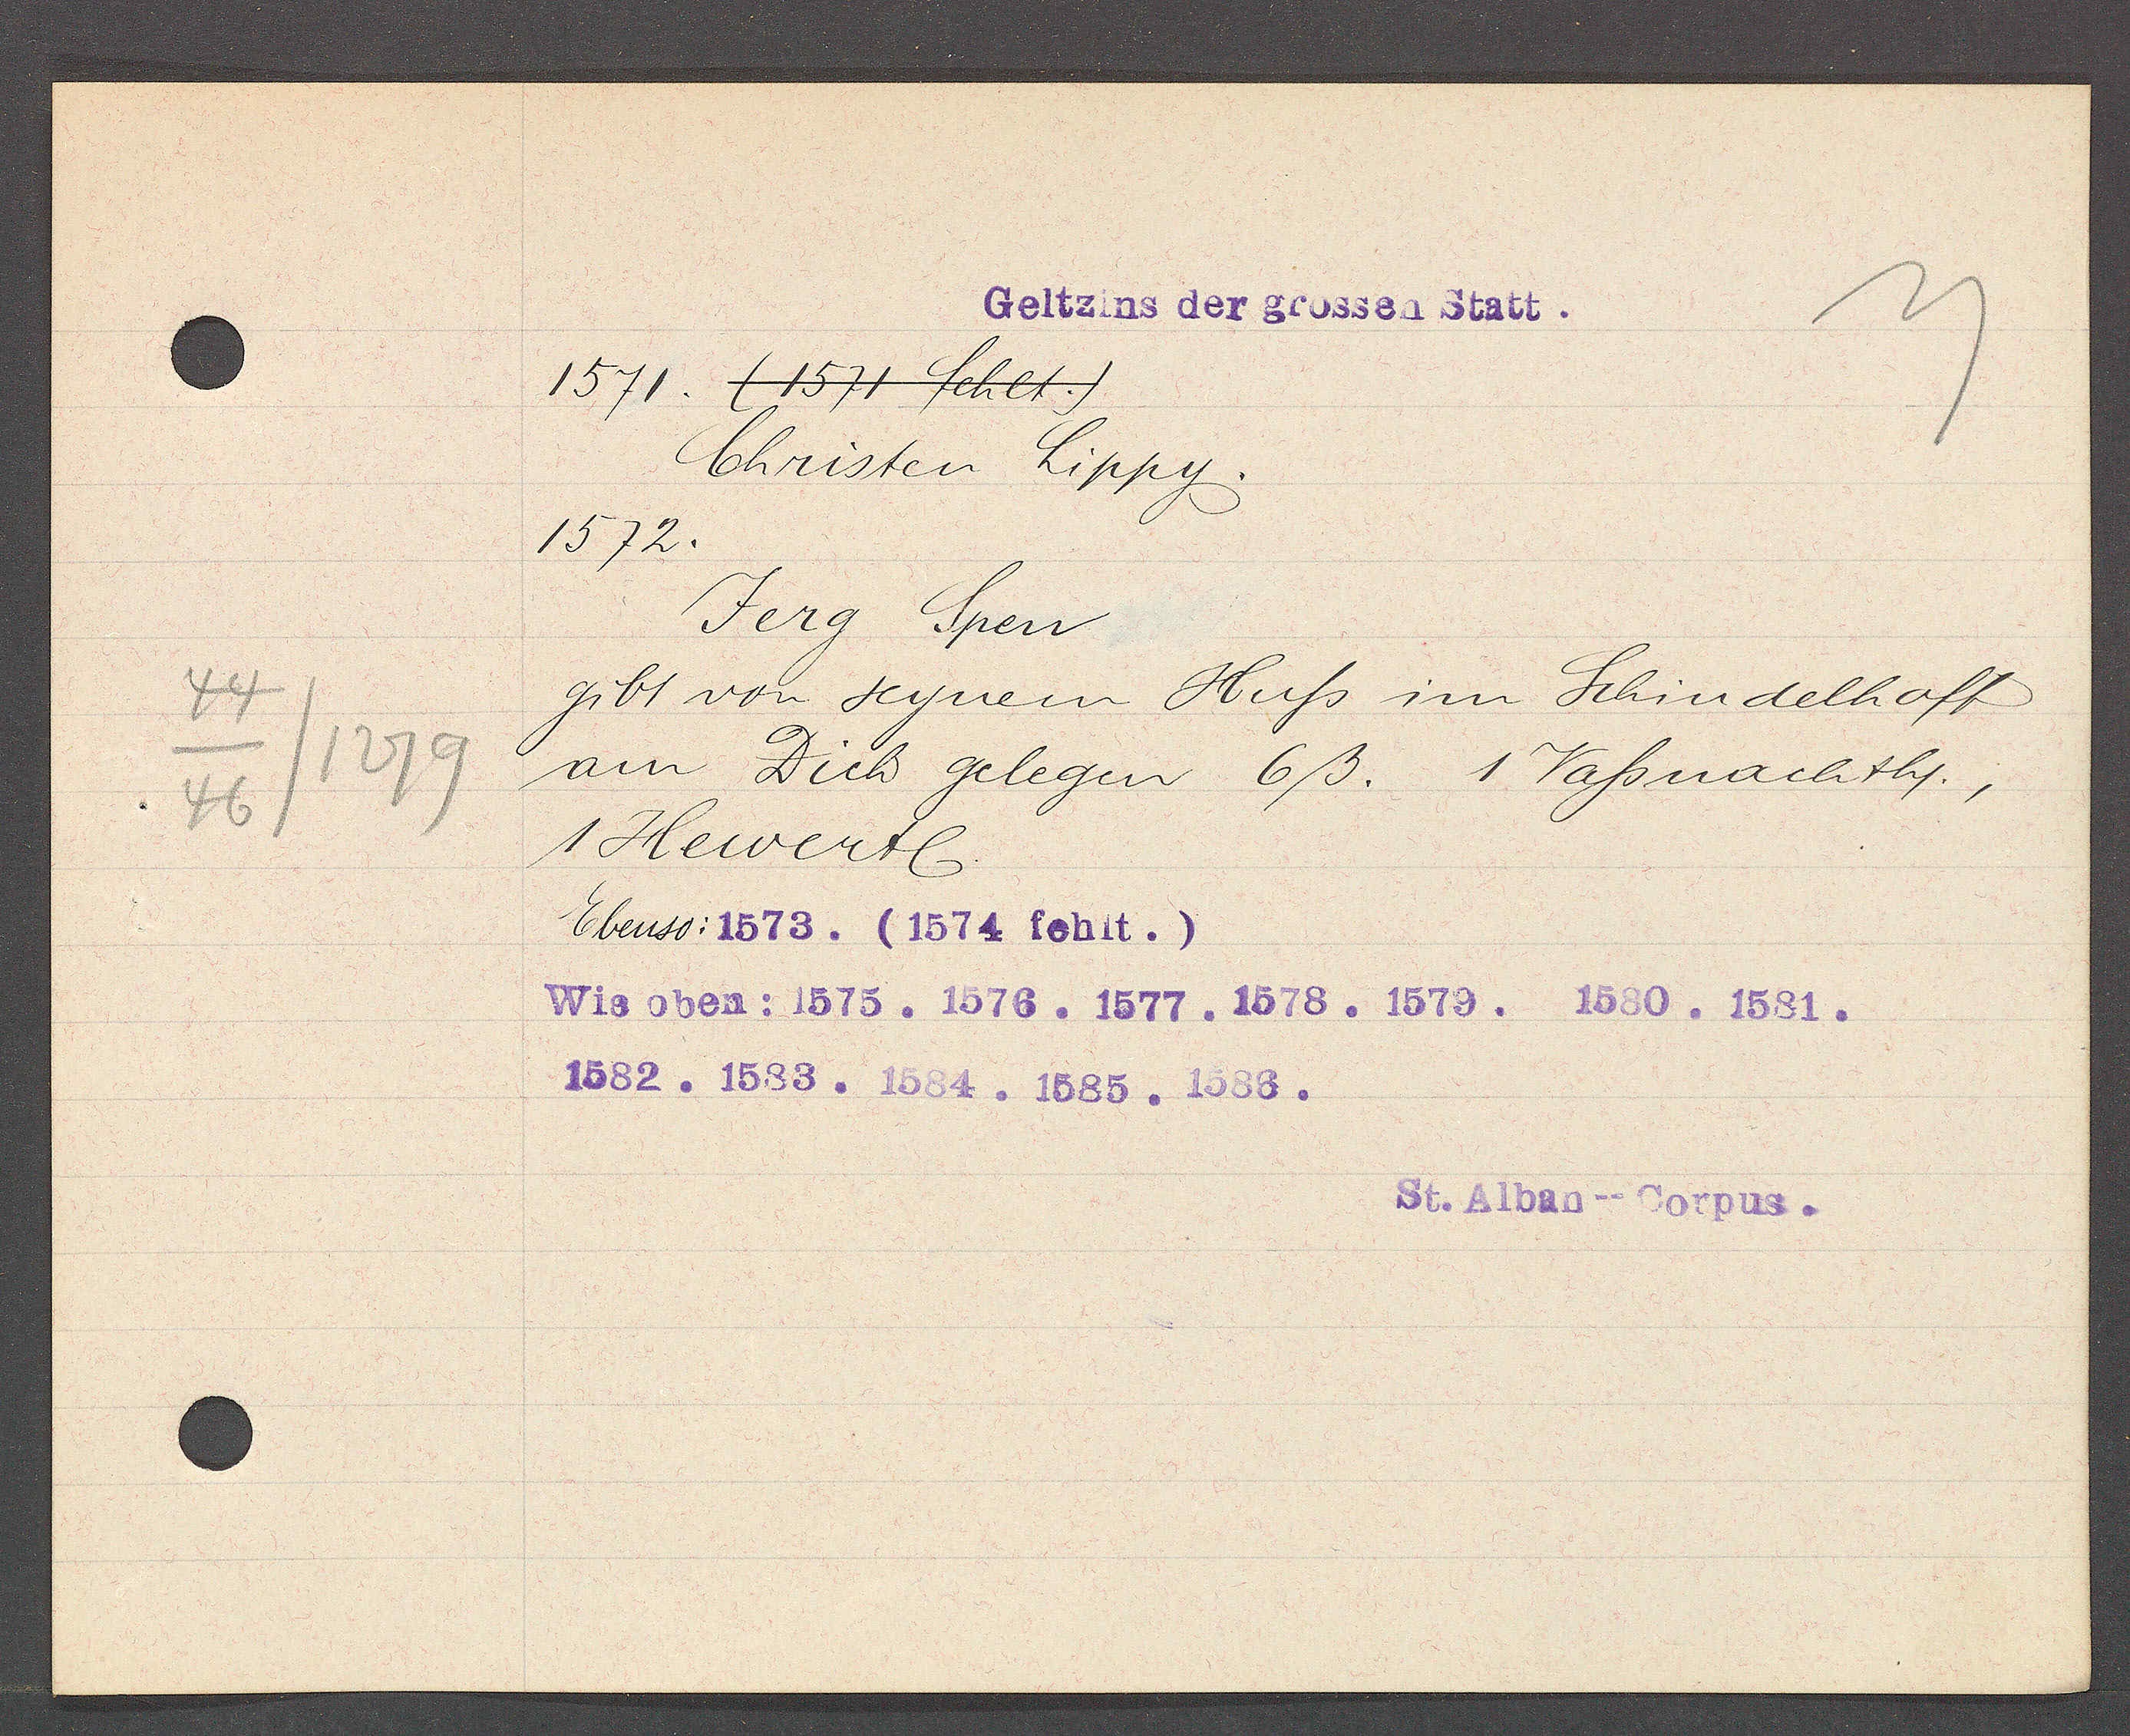
Transcript:
44
/1279
46

Geltzins der grossen Statt.

1571. (1571 fehlt.)
Christen Lippy.
1572.
Jerg Spen
gibt von seynem Huss im Schindelhoff
am Dich gelegen 6ß. 1 Vassnachth.,
1 Hewerte.
Ebenso: 1573. (1574 fehlt.)
Wie oben: 1575. 1576. 1577. 1578. 1579. 1580. 1581.
1582. 1583. 1584. 1585. 1586.

St. Alban--Corpus.